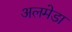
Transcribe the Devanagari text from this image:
अलमेडा